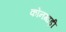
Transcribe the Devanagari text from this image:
कोनगाड़ी